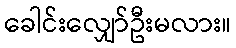
ခေါင်းလျှော်ဦးမလား။